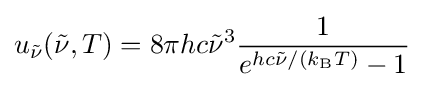
u_{\tilde {\nu }}({\tilde {\nu }},T)=8\pi hc{\tilde {\nu }}^{3}{\frac {1}{e^{hc{\tilde {\nu }}/(k_{\mathrm {B} }T)}-1}}